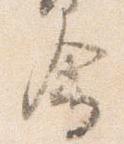
会